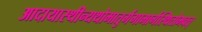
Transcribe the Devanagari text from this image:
आदायास्थीन्यथोमातुर्गंगामार्गस्थितोभवत्